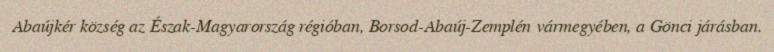
Abaújkér község az Észak-Magyarország régióban, Borsod-Abaúj-Zemplén vármegyében, a Gönci járásban.